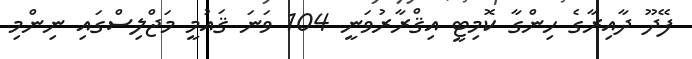
ފޭދޫ ދާއިރާގެ ހިންގާ ކޮމިޓީ އިޤްރާރުވަނީ 104 ވަނަ ޤައުމީ މަޖްލިސްގައި ނިންމި